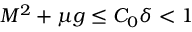
M ^ { 2 } + \mu g \leq C _ { 0 } \delta < 1